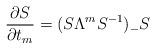
LaTeX: \begin{align*}\frac{\partial S}{\partial t_m}=(S\Lambda ^mS^{-1})_-S\end{align*}